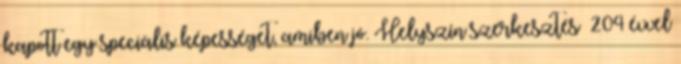
kapott egy speciális képességet, amiben jó. Helyszín szerkesztés 204 évvel